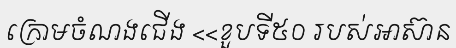
ក្រោមចំណងជើង <<ខួបទី៥០ របស់អាស៊ាន